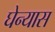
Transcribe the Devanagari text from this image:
घेन्यास